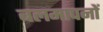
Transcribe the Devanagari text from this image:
बलमापनों